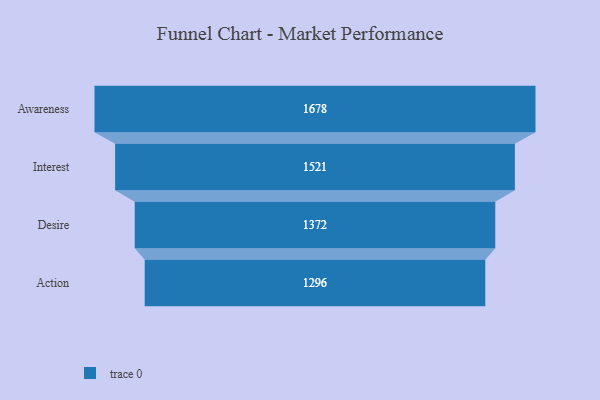
{"axis": {"x": "Stage", "y": "Value"}, "legend": [""], "data": [{"x": "Awareness", "y": 1678.0, "type": ""}, {"x": "Interest", "y": 1521.0, "type": ""}, {"x": "Desire", "y": 1372.0, "type": ""}, {"x": "Action", "y": 1296.0, "type": ""}]}